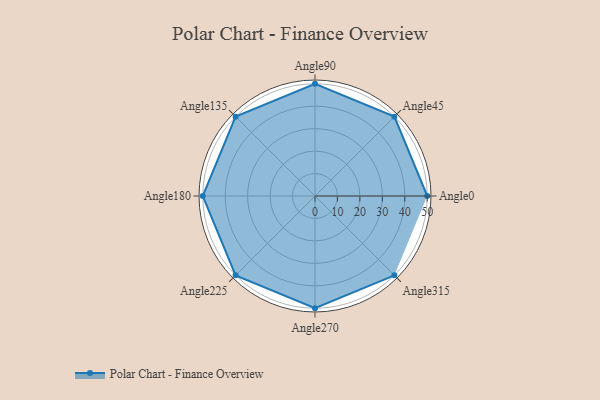
{"axis": {"x": "Angle", "y": "Radius"}, "legend": [""], "data": [{"x": "Angle0", "y": 50, "type": ""}, {"x": "Angle45", "y": 50, "type": ""}, {"x": "Angle90", "y": 50, "type": ""}, {"x": "Angle135", "y": 50.0, "type": ""}, {"x": "Angle180", "y": 50, "type": ""}, {"x": "Angle225", "y": 50, "type": ""}, {"x": "Angle270", "y": 50, "type": ""}, {"x": "Angle315", "y": 50.0, "type": ""}]}